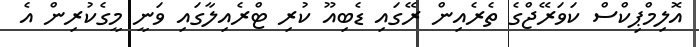
އޮލިމްޕިކްސް ކަވަރޭޖްގެ ތެރެއިން ރޭގައި ޑެބިއޫ ކުރި ޓްރެއިލާގައި ވަނީ މީގެކުރިން އެ